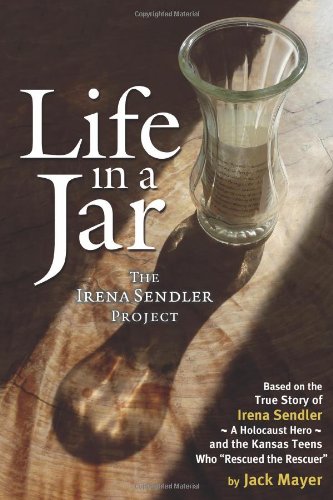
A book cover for Life in a Jar: The Irena Sendler Project; Jack Mayer; Biographies & Memoirs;